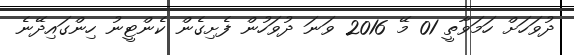
ދުވަހަށް ހަމަވާތީ 01 މޭ 2016 ވަނަ ދުވަހުން ފެށިގެން ކެންޓީނު ހިންގައިދޭނެ